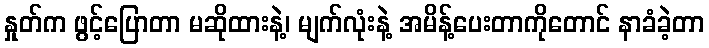
နှုတ်က ဖွင့်ပြောတာ မဆိုထားနဲ့၊ မျက်လုံးနဲ့ အမိန့်ပေးတာကိုတောင် နာခံခဲ့တာ